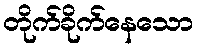
တိုက်ခိုက်နေသော